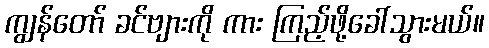
ကျွန်တော် ခင်ဗျားကို ကား ကြည့်ဖို့ခေါ်သွားမယ်။